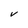
Character: V